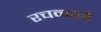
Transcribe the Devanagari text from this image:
रचनामें